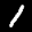
Label: 1